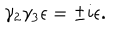
LaTeX: \gamma _ { 2 } \gamma _ { 3 } \epsilon = \pm i \epsilon .